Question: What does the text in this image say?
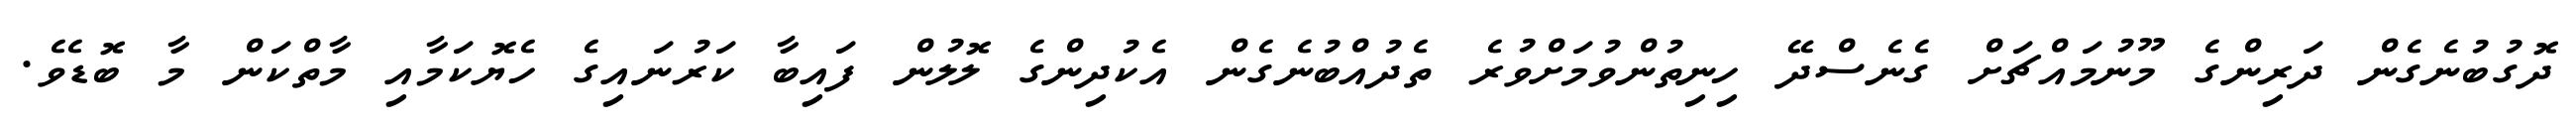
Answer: ދޮގުބުނެގެން ދަރިންގެ މޫނުމައްޗަށް ގެނެސްދޭ ހިނިތުންވުމަށްވުރެ ތެދުއްބުނެގެން އެކުދިންގެ ލޮލުން ފައިބާ ކަރުނައިގެ ހެޔޮކަމާއި މާތްކަން މާ ބޮޑެވެ.